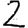
Digit: 2